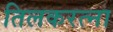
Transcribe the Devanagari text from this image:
तिलकरत्ना